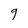
Character: g